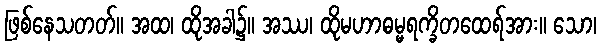
ဖြစ်နေသတတ်။ အထ၊ ထိုအခါ၌။ အဿ၊ ထိုမဟာဓမ္မရက္ခိတထေရ်အား။ သော၊